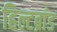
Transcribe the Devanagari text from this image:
हिल्टब्रांड